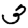
Digit: 3